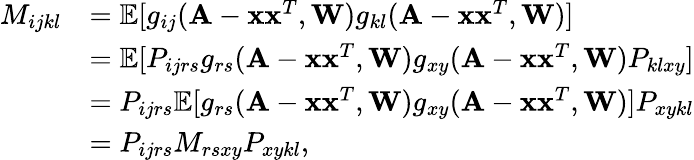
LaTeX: \begin{array}{rl}{M_{ijkl}}&{=\mathbb{E}[g_{ij}(\mathbf A-\mathbf x\mathbf x^{T},\mathbf W)g_{kl}(\mathbf A-\mathbf x\mathbf x^{T},\mathbf W)]}\\ &{=\mathbb{E}[P_{ijrs}g_{rs}(\mathbf A-\mathbf x\mathbf x^{T},\mathbf W)g_{xy}(\mathbf A-\mathbf x\mathbf x^{T},\mathbf W)P_{klxy}]}\\ &{=P_{ijrs}\mathbb{E}[g_{rs}(\mathbf A-\mathbf x\mathbf x^{T},\mathbf W)g_{xy}(\mathbf A-\mathbf x\mathbf x^{T},\mathbf W)]P_{xykl}}\\ &{=P_{ijrs}M_{rsxy}P_{xykl},}\end{array}